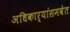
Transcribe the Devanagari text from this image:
अधिकार्‍यांसमवेत